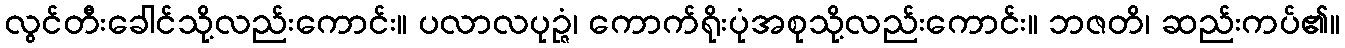
လွင်တီးခေါင်သို့လည်းကောင်း။ ပလာလပုဉ္ဇံ၊ ကောက်ရိုးပုံအစုသို့လည်းကောင်း။ ဘဇတိ၊ ဆည်းကပ်၏။